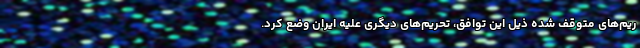
ریم‌های متوقف شده ذیل این توافق، تحریم‌های دیگری علیه ایران وضع کرد.